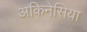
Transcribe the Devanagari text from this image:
अकिनेसिया